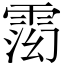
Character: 𬯽